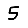
Digit: 5